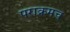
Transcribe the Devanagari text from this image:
पराक्रमच